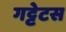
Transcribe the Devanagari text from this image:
गट्टेटस